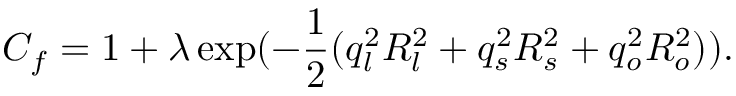
C _ { f } = 1 + \lambda \exp ( - { \frac { 1 } { 2 } } ( q _ { l } ^ { 2 } R _ { l } ^ { 2 } + q _ { s } ^ { 2 } R _ { s } ^ { 2 } + q _ { o } ^ { 2 } R _ { o } ^ { 2 } ) ) .